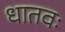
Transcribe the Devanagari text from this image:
धातवः